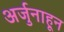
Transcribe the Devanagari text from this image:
अर्जुनाहून